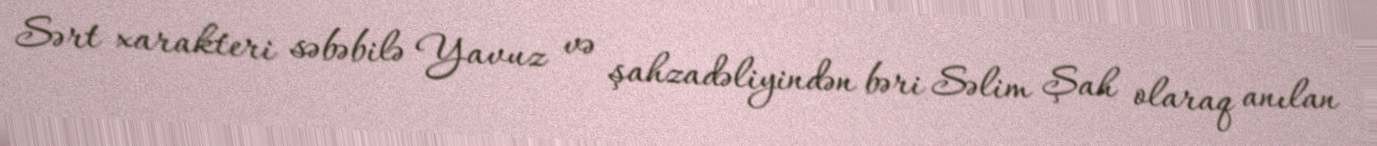
Sərt xarakteri səbəbilə Yavuz və şahzadəliyindən bəri Səlim Şah olaraq anılan